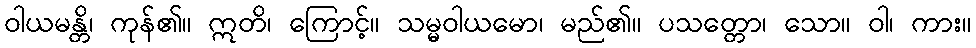
ဝါယမန္တိ၊ ကုန်၏။ ဣတိ၊ ကြောင့်။ သမ္မဝါယမော၊ မည်၏။ ပသတ္တော၊ သော။ ဝါ၊ ကား။